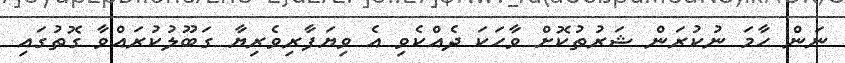
ނަން ހާމަ ނުކުރަން ޝަރުތުކޮށް ވާހަކަ ދެއްކެވި އެ ވިޔަފާރިވެރިޔާ ގަބޫލުކުރައްވާ ގޮތުގައި